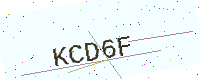
Text: KCD6F